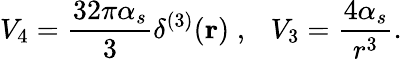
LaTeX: V_{4}=\frac{32\pi\alpha_{s}}{3}\delta^{(3)}({\mathbf r})\; ,\mathrm{~~~}V_{3}=\frac{4\alpha_{s}}{r^{3}}.